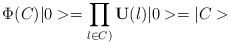
\begin{align*}\Phi (C)|0>=\prod_{l\in C)} {\bf U}(l)|0>=|C>\end{align*}